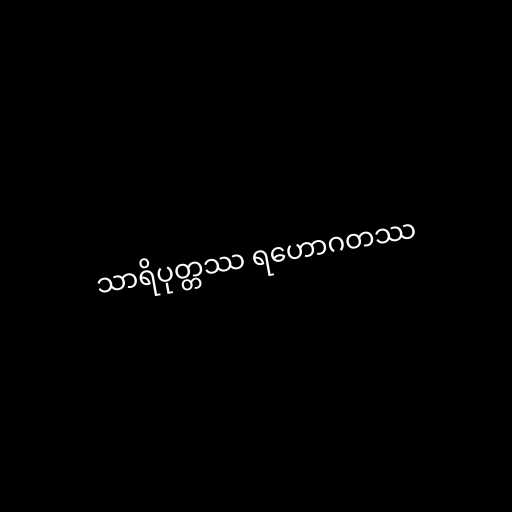
သာရိပုတ္တဿ ရဟောဂတဿ